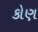
કોણ